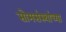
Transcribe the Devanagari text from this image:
सोमसंस्थांच्या